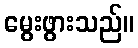
မွေးဖွားသည်။